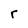
Character: r